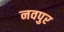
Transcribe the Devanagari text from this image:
नवपुर